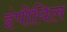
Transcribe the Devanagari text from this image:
इंपीयिल